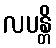
လပန္တိ